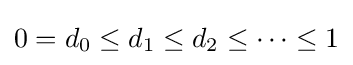
0=d_{0}\leq d_{1}\leq d_{2}\leq \cdots \leq 1